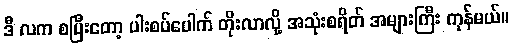
ဒီ လက စပြီးတော့ ပါးစပ်ပေါက် တိုးလာလို့ အသုံးစရိတ် အများကြီး ကုန်မယ်။